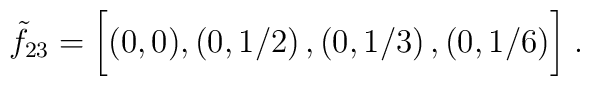
\tilde f_{23}=\biggl[ (0,0),\left( 0, 1/2 \right),\left( 0, 1/3 \right),\left( 0, 1/6 \right) \biggr]\;.